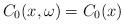
LaTeX: \begin{align*}C_0(x, \omega) = C_0(x) \end{align*}